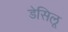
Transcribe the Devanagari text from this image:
डेसिलू